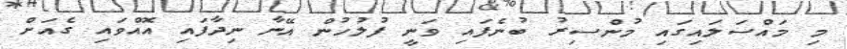
މި މައްސަލައިގައި މުންސިރު ބުނެފައި ވަނީ ފުލުހުން އޭނާ ނިދާފައި އޮއްވައި ގެއަށް